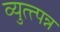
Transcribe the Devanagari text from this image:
व्युत्त्पन्न